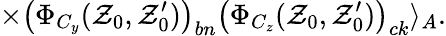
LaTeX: \times\left(\Phi_{C_{y}}(\mathcal{Z}_{0},\mathcal{Z}_{0}^{\prime})\right)_{bn}\left(\Phi_{C_{z}}(\mathcal{Z}_{0},\mathcal{Z}_{0}^{\prime})\right)_{ck}\rangle_{A}.